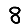
Digit: 8